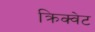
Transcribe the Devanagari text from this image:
क्रिक्वेट